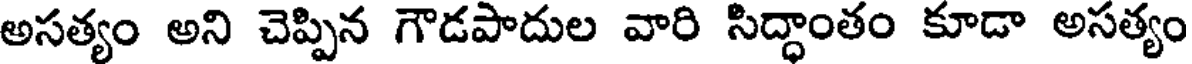
అసత్యం అని చెప్పిన గౌడపాదుల వారి సిద్ధాంతం కూడా అసత్యం